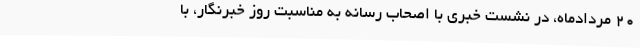
20 مردادماه، در نشست خبری با اصحاب رسانه به مناسبت روز خبرنگار، با